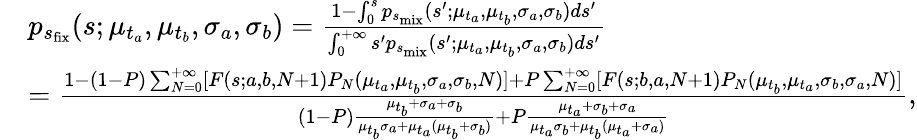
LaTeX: \begin{array}{rl}&{p_{s_{\mathrm{fix}}}(s;\mu_{t_{a}},\mu_{t_{b}},\sigma_{a},\sigma_{b})=\frac{1-\int_{0}^{s}p_{s_{\mathrm{mix}}}(s^{\prime};\mu_{t_{a}},\mu_{t_{b}},\sigma_{a},\sigma_{b})ds^{\prime}}{\int_{0}^{+\infty}s^{\prime}p_{s_{\mathrm{mix}}}(s^{\prime};\mu_{t_{a}},\mu_{t_{b}},\sigma_{a},\sigma_{b})ds^{\prime}}}\\ &{=\frac{1-(1-P)\sum_{N=0}^{+\infty}[F(s;a,b,N+1)P_{N}(\mu_{t_{a}},\mu_{t_{b}},\sigma_{a},\sigma_{b},N)]+P\sum_{N=0}^{+\infty}[F(s;b,a,N+1)P_{N}(\mu_{t_{b}},\mu_{t_{a}},\sigma_{b},\sigma_{a},N)]}{(1-P)\frac{\mu_{t_{b}}+\sigma_{a}+\sigma_{b}}{\mu_{t_{b}}\sigma_{a}+\mu_{t_{a}}(\mu_{t_{b}}+\sigma_{b})}+P\frac{\mu_{t_{a}}+\sigma_{b}+\sigma_{a}}{\mu_{t_{a}}\sigma_{b}+\mu_{t_{b}}(\mu_{t_{a}}+\sigma_{a})}},}\end{array}